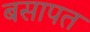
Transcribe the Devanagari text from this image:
बसापत